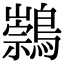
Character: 𪅁